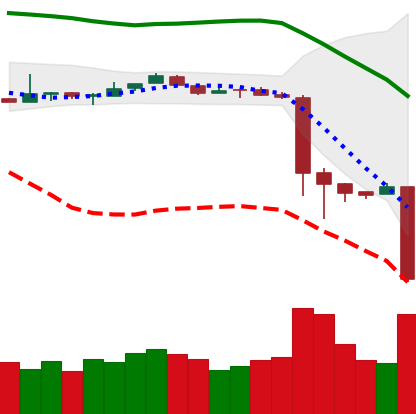
Ticker: BTC-USD
Chart end date: 2018-11-19
Forward return: -20.337%
Label: down_7plus